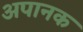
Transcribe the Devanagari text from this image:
अपानक